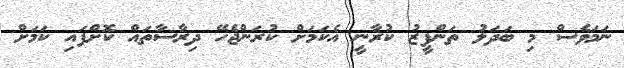
ނަމަވެސް މި ބަދަލު ތަންފީޒު ކުރާނީ އެކަމަށް ކުރަންޖެހޭ ދިރާސާތައް ކޮށްފައި ކަމަށް